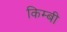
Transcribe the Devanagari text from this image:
किम्बी